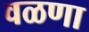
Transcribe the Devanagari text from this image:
वळणा